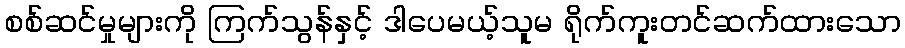
စစ်ဆင်မှုများကို ကြက်သွန်နှင့် ဒါပေမယ့်သူမ ရိုက်ကူးတင်ဆက်ထားသော